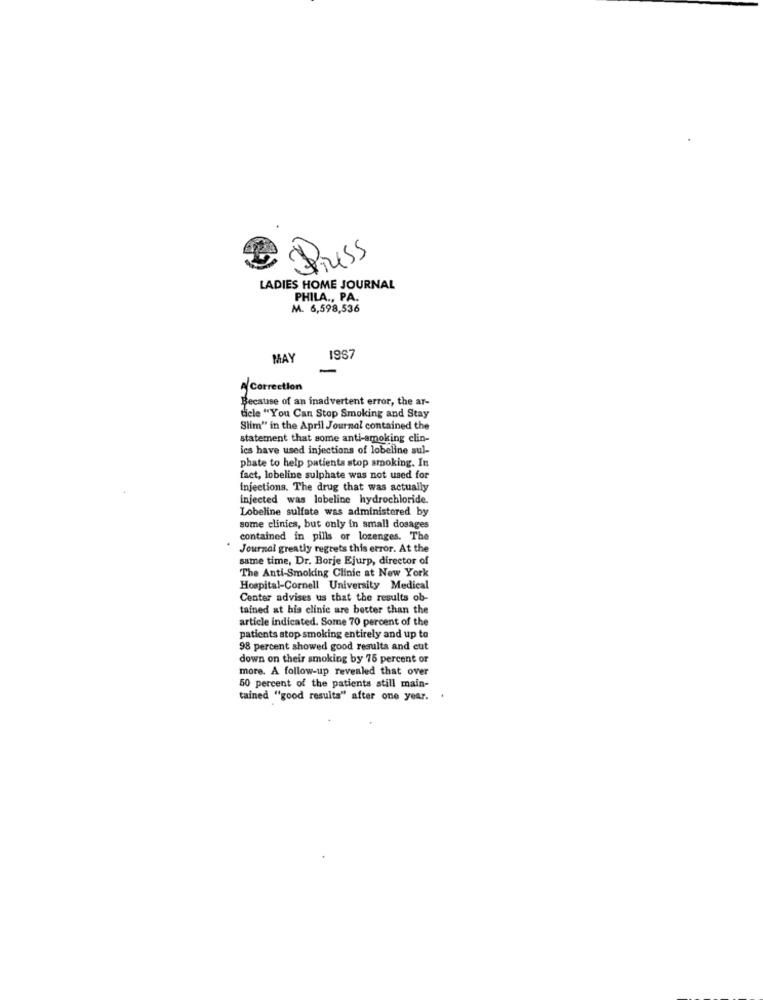
Press
LADIES HOME JOURNAL
PHILA ., PA.
M. 6,598,536
MAY
1967
ACorrection
Because of an inadvertent error, the ar-
dicle "You Can Stop Smoking and Stay
Slim" in the April Journal contained the
statement that some anti-smoking clin-
ics have used injections of lobeline sul-
phate to help patients stop smoking. In
fact, lobeline sulphate was not used for
injections. The drug that was actually
injected was lobeline hydrochloride.
Lobeline sulfate was administered by
some clinics, but only in small dosages
contained in pills or lozenges. The
Journal greatly regrets this error. At the
same time, Dr. Borje Ejurp, director of
The Anti-Smoking Clinic at New York
Hospital-Cornell University Medical
Center advises us that the results ob-
tained at his clinic are better than the
article indicated. Some 70 percent of the
patients stop smoking entirely and up to
98 percent showed good results and cut
down on their smoking by 75 percent or
more. A follow-up revealed that over
50 percent of the patients still main-
tained "good results" after one year.